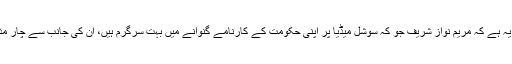
اُس سے زیادہ افسوسناک یہ ہے کہ مریم نواز شریف جو کہ سوشل میڈیا پر اپنی حکومت کے کارنامے گنوانے میں بہت سرگرم ہیں، ان کی جانب سے چار مذمتی الفاظ تک نہ آ سکے۔